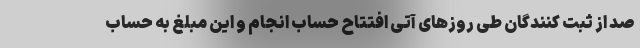
صد از ثبت کنندگان طی روزهای آتی افتتاح حساب انجام و این مبلغ به حساب